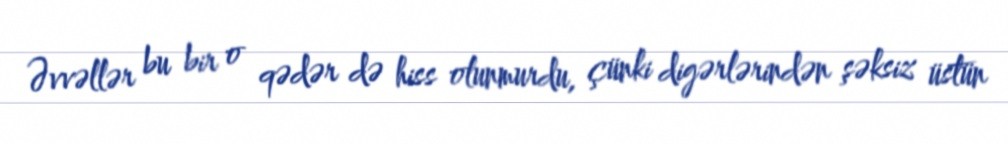
Əvvəllər bu bir o qədər də hiss olunmurdu, çünki digərlərindən şəksiz üstün